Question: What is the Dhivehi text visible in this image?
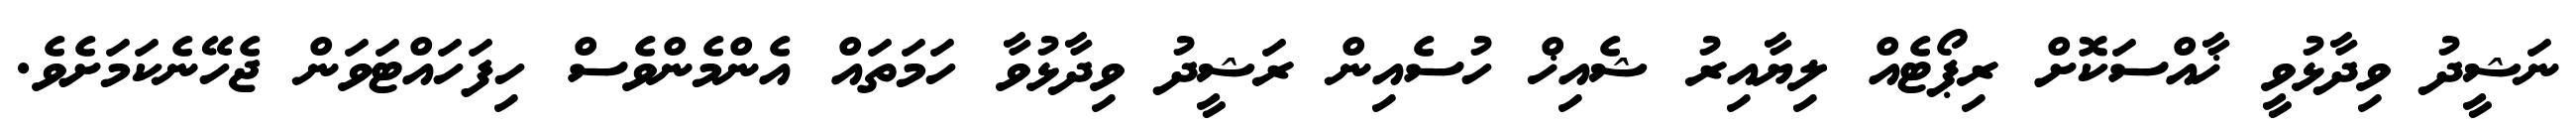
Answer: ނަޝީދު ވިދާޅުވީ ޚާއްސަކޮށް ރިޕޯޓެއް ލިޔާއިރު ޝެއިޚް ހުސެއިން ރަޝީދު ވިދާޅުވާ ހަމަތައް އެންމެންވެސް ހިފަހައްޓަވަން ޖެހޭނެކަމަށެވެ.